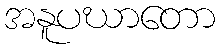
အနူပဃာတော